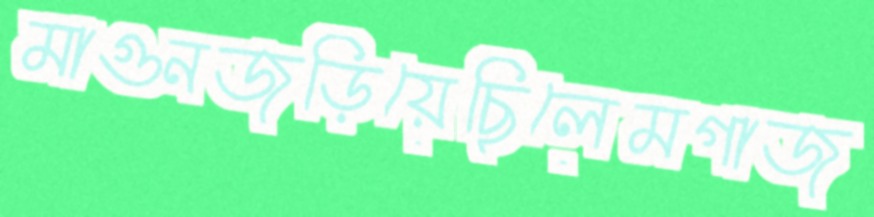
মাগুনজড়িয়েছিলেমগাজ